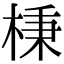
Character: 棅